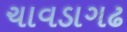
ચાવડાગઢ